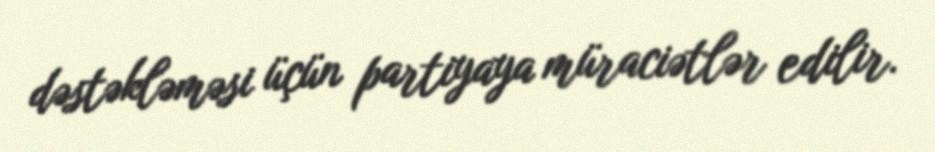
dəstəkləməsi üçün partiyaya müraciətlər edilir.